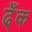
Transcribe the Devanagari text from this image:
ढ्ँक